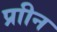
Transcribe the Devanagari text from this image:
प्राीन